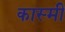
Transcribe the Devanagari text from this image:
कास्‍मी